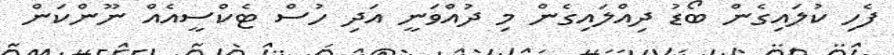
ފެހި ކުލައިގެން ބޯޑު ދިއްލައިގެން މި ދުއްވަނީ އަދި ހުސް ޓެކްސީއެއް ނޫންކަން